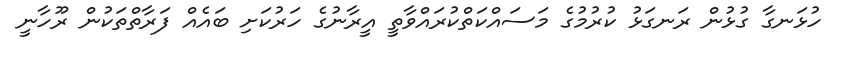
ހުޅަނގާ ގުޅުން ރަނގަޅު ކުރުމުގެ މަސައްކަތްކުރައްވާތީ އީރާނުގެ ހަރުކަށި ބައެއް ފަރާތްތަކުން ރޫހާނީ